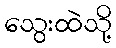
သွေးထဲသို့